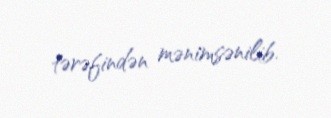
tərəfindən mənimsənilib.